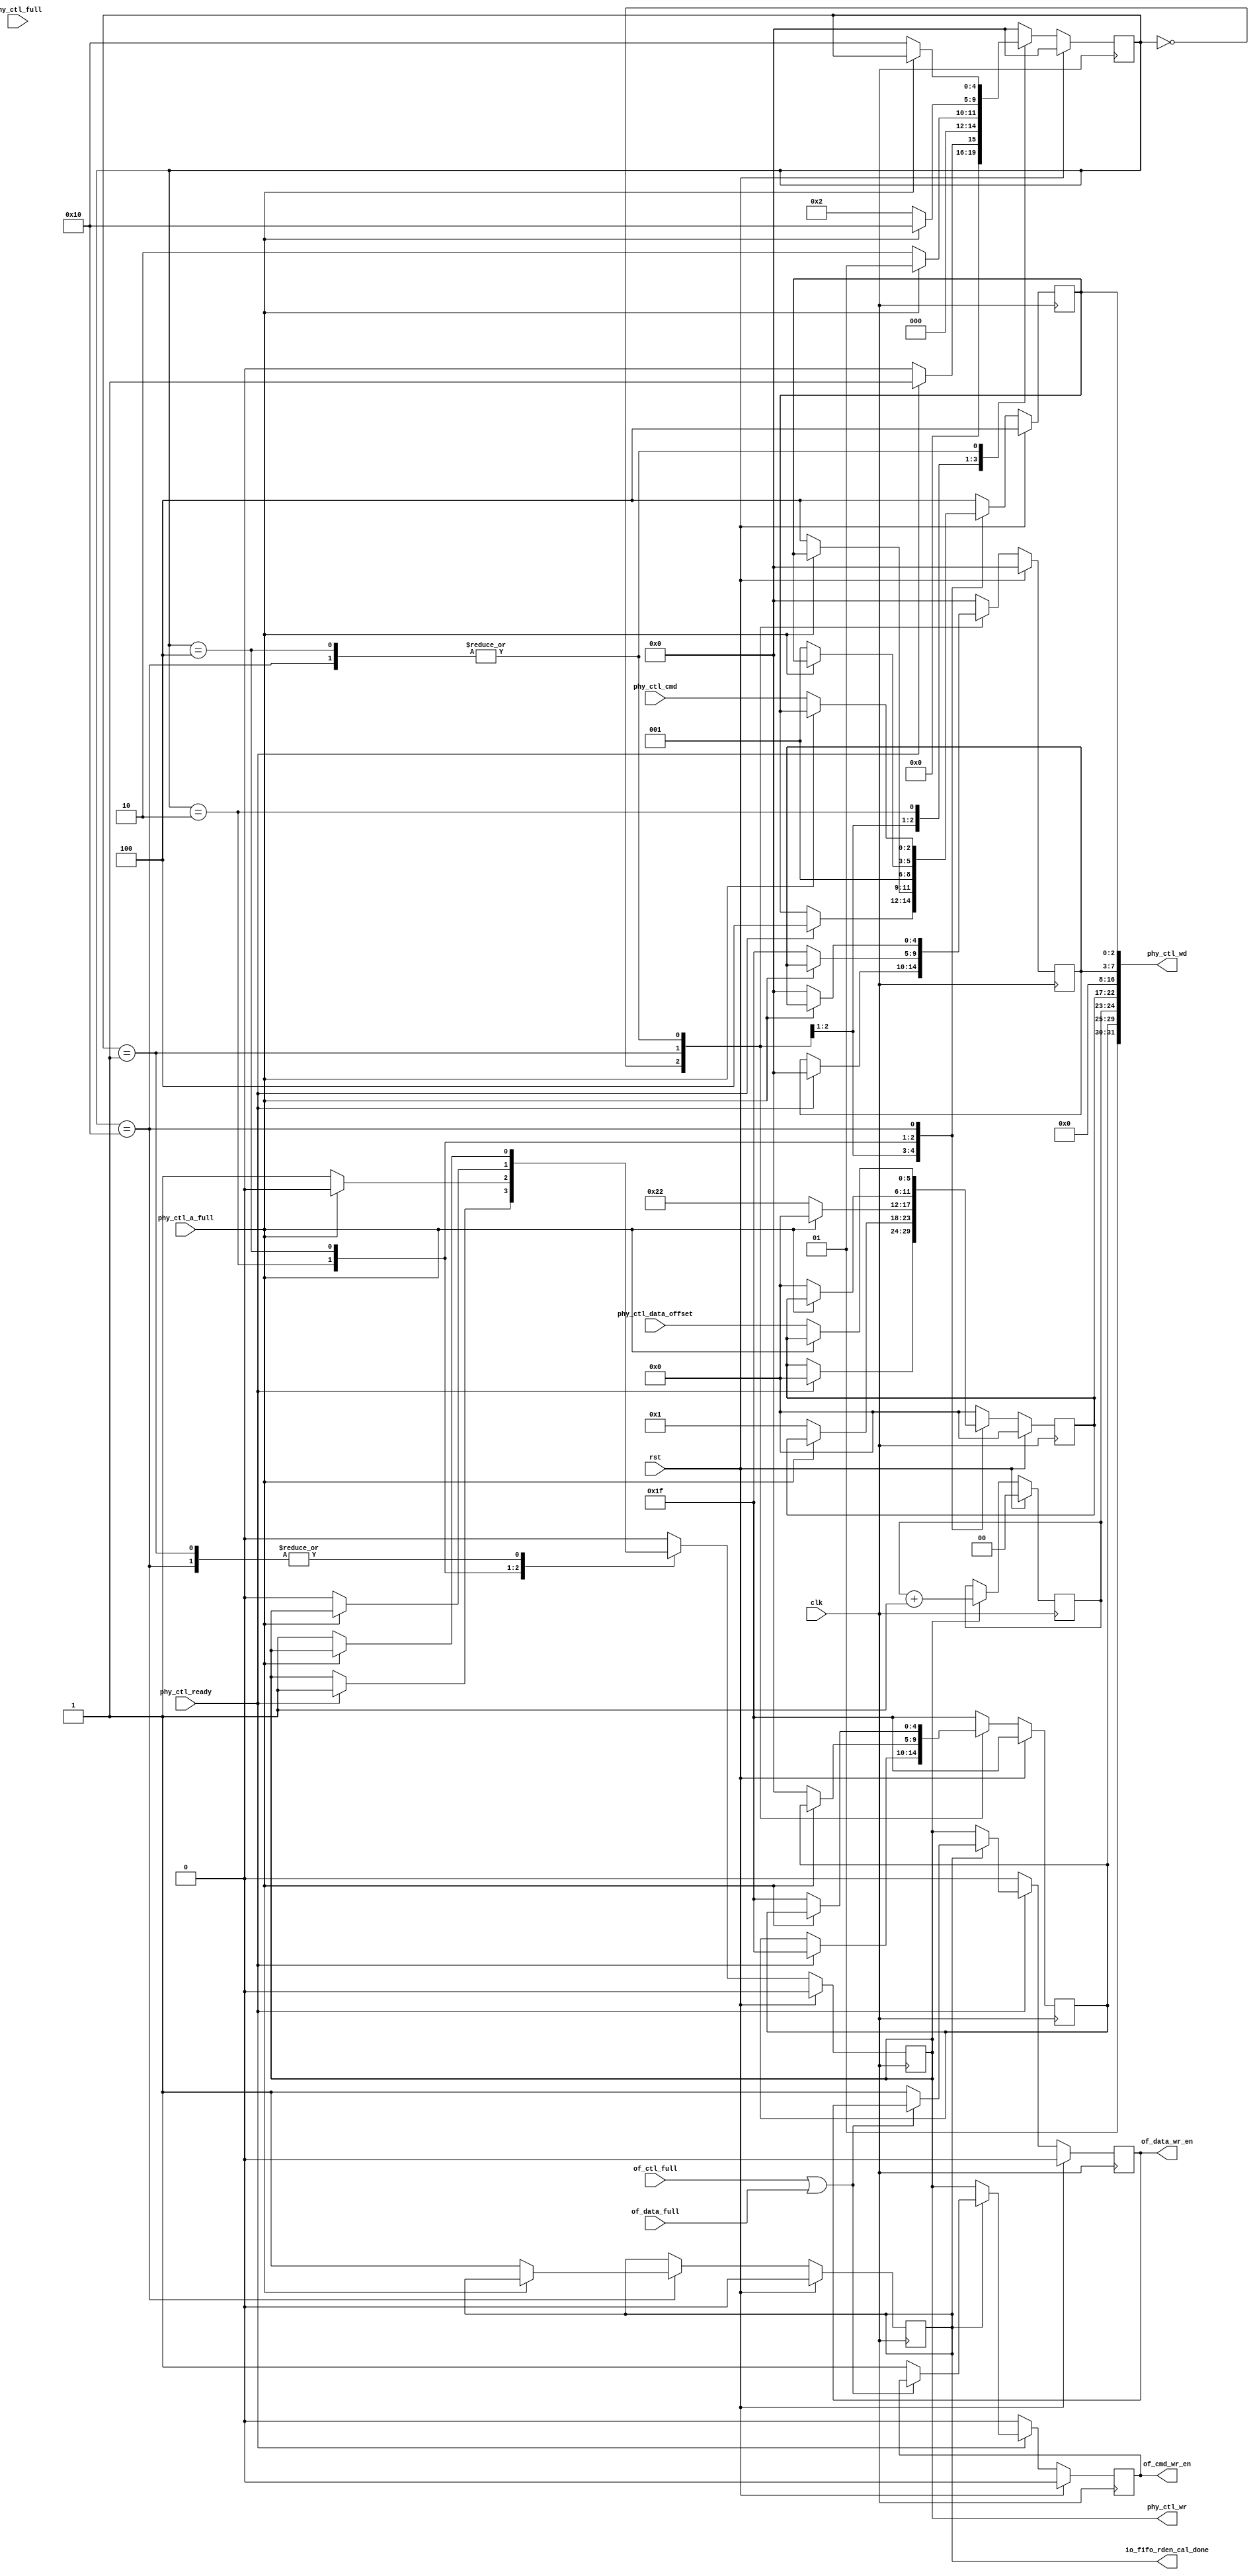
//*****************************************************************************
// (c) Copyright 2009 - 2013 Xilinx, Inc. All rights reserved.
//
// This file contains confidential and proprietary information
// of Xilinx, Inc. and is protected under U.S. and
// international copyright and other intellectual property
// laws.
//
// DISCLAIMER
// This disclaimer is not a license and does not grant any
// rights to the materials distributed herewith. Except as
// otherwise provided in a valid license issued to you by
// Xilinx, and to the maximum extent permitted by applicable
// law: (1) THESE MATERIALS ARE MADE AVAILABLE "AS IS" AND
// WITH ALL FAULTS, AND XILINX HEREBY DISCLAIMS ALL WARRANTIES
// AND CONDITIONS, EXPRESS, IMPLIED, OR STATUTORY, INCLUDING
// BUT NOT LIMITED TO WARRANTIES OF MERCHANTABILITY, NON-
// INFRINGEMENT, OR FITNESS FOR ANY PARTICULAR PURPOSE; and
// (2) Xilinx shall not be liable (whether in contract or tort,
// including negligence, or under any other theory of
// liability) for any loss or damage of any kind or nature
// related to, arising under or in connection with these
// materials, including for any direct, or any indirect,
// special, incidental, or consequential loss or damage
// (including loss of data, profits, goodwill, or any type of
// loss or damage suffered as a result of any action brought
// by a third party) even if such damage or loss was
// reasonably foreseeable or Xilinx had been advised of the
// possibility of the same.
//
// CRITICAL APPLICATIONS
// Xilinx products are not designed or intended to be fail-
// safe, or for use in any application requiring fail-safe
// performance, such as life-support or safety devices or
// systems, Class III medical devices, nuclear facilities,
// applications related to the deployment of airbags, or any
// other applications that could lead to death, personal
// injury, or severe property or environmental damage
// (individually and collectively, "Critical
// Applications"). Customer assumes the sole risk and
// liability of any use of Xilinx products in Critical
// Applications, subject only to applicable laws and
// regulations governing limitations on product liability.
//
// THIS COPYRIGHT NOTICE AND DISCLAIMER MUST BE RETAINED AS
// PART OF THIS FILE AT ALL TIMES.
//
//*****************************************************************************
//   ____  ____
//  /   /\/   /
// /___/  \  /    Vendor                : Xilinx
// \   \   \/     Version               : %version
//  \   \         Application           : MIG
//  /   /         Filename              : qdr_rld_phy_cntrl_init.v
// /___/   /\     Date Last Modified    : $Date: 2011/06/02 08:36:29 $
// \   \  /  \    Date Created          : Tue Jun 30 2009
//  \___\/\___\
//
//Device            : 7 Series
//Design            : QDRII+ SRAM / RLDRAM II SDRAM
//Purpose           : write to phy_control block and handle write_enable
//Reference         :
//Revision History  :
//*****************************************************************************

`timescale 1ps/1ps

module mig_7series_v2_0_qdr_rld_phy_cntrl_init #
( 
  parameter PRE_FIFO = "TRUE",
  parameter MEM_TYPE = "QDR2",
  parameter TCQ = 100  //Register Delay
)
(
  input              clk,
  input              rst,
  input              phy_ctl_ready,
  input              phy_ctl_full,
  input              phy_ctl_a_full,
  input              of_ctl_full,
  input              of_data_full,
  input [5:0]        phy_ctl_data_offset,
  input [2:0]        phy_ctl_cmd,
  
  output wire [31:0] phy_ctl_wd,
  output reg         phy_ctl_wr,
  output wire        io_fifo_rden_cal_done,
(* KEEP = "TRUE" *)  output reg         of_cmd_wr_en /* synthesis syn_keep = 1 */,
(* KEEP = "TRUE" *)  output reg         of_data_wr_en /* synthesis syn_keep = 1 */ 
);

  localparam [4:0] IDLE       = 5'b00000;
  localparam [4:0] STALL_CMD  = 5'b00001;
  localparam [4:0] CONT_CMD   = 5'b00010;
  localparam [4:0] CMD_WAIT1  = 5'b00100;
  localparam [4:0] CMD_WAIT2  = 5'b01000;
  localparam [4:0] CONT_CMD2  = 5'b10000;
  
  
  reg [4:0] pc_cntr_cmd;    
  reg [4:0] pc_command_offset;
  reg [5:0] pc_data_offset;
  reg [1:0] pc_seq; 
  reg [2:0] pc_cmd;
  reg [4:0] pc_ctl_ns;
  reg io_fifo_rden_cal_done_r;
  
  wire early_io_fifo_rden_cal_done;
  
  assign io_fifo_rden_cal_done = (PRE_FIFO == "TRUE")? io_fifo_rden_cal_done_r : 1'b1;

  assign phy_ctl_wd = {1'b0, 1'b1, pc_cntr_cmd[4:0], pc_seq[1:0], 
                       pc_data_offset[5:0], 2'b00, 3'b000, 
                       4'b0000, pc_command_offset[4:0], pc_cmd[2:0]}; 
  
  always @ (posedge clk) begin
    if (rst)
      pc_seq <= #TCQ 'b0;
    else if (phy_ctl_wr)
      pc_seq <= #TCQ pc_seq + 1;
  end
  
  always @ (posedge clk) begin
    if (rst) begin
      phy_ctl_wr            <=  #TCQ 1'b0;
      pc_cntr_cmd           <=  #TCQ 5'b11111;    
      pc_data_offset        <=  #TCQ 6'b000000;
      pc_command_offset     <=  #TCQ 5'b00000;
      pc_cmd                <=  #TCQ 3'b100;
      pc_ctl_ns             <=  #TCQ IDLE;   
      io_fifo_rden_cal_done_r <=  #TCQ 1'b0;
       
    end else begin 
      case (pc_ctl_ns) 
        IDLE : begin
          if (phy_ctl_ready) begin
            phy_ctl_wr        <= #TCQ 1'b1;
            pc_cntr_cmd       <= #TCQ 5'b11111;
            pc_data_offset    <= #TCQ 6'b000000;
            pc_command_offset <= #TCQ 5'b00000;
            pc_cmd            <= #TCQ 3'b100;
            pc_ctl_ns         <= #TCQ STALL_CMD;
          end else begin 
             pc_ctl_ns <= #TCQ IDLE;
          end
        end
        
        STALL_CMD : begin
           // issue stall command. The command offset delays the 
           // read from the phy control fifo
           if (~phy_ctl_a_full) begin
             phy_ctl_wr        <= #TCQ 1'b1;
             pc_cntr_cmd       <= #TCQ 5'b00000; // pc_cntr_cmd of 5'b000xx - refers to a stall command
             pc_data_offset    <= #TCQ 6'b000001;
             pc_command_offset <= #TCQ 5'b11111;  // max delay possible
             pc_cmd            <= #TCQ 3'b100; // Non data command
             pc_ctl_ns         <= #TCQ CONT_CMD; 
           end else begin
             pc_ctl_ns         <= #TCQ STALL_CMD;
		   end
           
         end
                
         CONT_CMD : begin  //0x02
           // continue to write into the phy control fifo until the fifo is full
           if (~phy_ctl_a_full) begin
             phy_ctl_wr            <= #TCQ 1'b1;
             pc_cntr_cmd           <= #TCQ 5'b11111;
             pc_data_offset        <= #TCQ 6'b100010;  // was 0
             pc_command_offset     <= #TCQ 5'b00000;
             pc_cmd                <= #TCQ 3'b001; 
             pc_ctl_ns             <= #TCQ CONT_CMD;    
           end else begin
             // phy_ctl_wr cannot be asserted when full flag is high
             phy_ctl_wr            <= #TCQ 1'b0;
             pc_cntr_cmd           <= #TCQ 5'b11111;    
             pc_data_offset        <= #TCQ 6'b000000;
             pc_command_offset     <= #TCQ 5'b00000;
             pc_cmd                <= #TCQ 3'b001;
             pc_ctl_ns             <= #TCQ CONT_CMD2;
           end 
             //io_fifo_rden_cal_done <= #TCQ 1'b1;                   
         end
         
         // wait for the full flag to deassert. Then start writing into the phy command fifo.
         CMD_WAIT1 : begin
             if (~ phy_ctl_a_full) begin
               phy_ctl_wr            <= #TCQ 1'b0;
               pc_cntr_cmd           <= #TCQ 5'b11111;
			   pc_data_offset        <= #TCQ 6'b000000;
               pc_command_offset     <= #TCQ 5'b00000;
               pc_cmd                <= #TCQ 3'b001;
               pc_ctl_ns             <= #TCQ CONT_CMD2;
             end
          end
          
          
       //   // potential additional stage, probably not required.. will need to remove
       //   CMD_WAIT2 : begin
       //      
       //      phy_ctl_wr            <= #TCQ 1'b0;
       //      pc_cntr_cmd           <= #TCQ 5'b11111;    
       //      pc_data_offset        <= #TCQ 6'b000000;
       //      pc_command_offset     <= #TCQ 5'b00000;
       //      pc_cmd                <= #TCQ 3'b001;
       //      pc_ctl_ns             <= #TCQ CONT_CMD2;
       //      
       //   end
                 
         CONT_CMD2 : begin
           // continue to write NOP commands to the control fifo as long as 
           // the fifo is not full. 
           // The fifo will not be full as by now the read enable will be 
           // asserted and will be held high.
           // Now the WRITE data and COMMAND fifos can be filled with 
           // data by the controller.
           if (~phy_ctl_a_full) begin
             phy_ctl_wr            <= #TCQ 1'b1;
             pc_cntr_cmd           <= #TCQ (MEM_TYPE == "RLD3") ? 5'b0 : 5'b11111;
             pc_data_offset        <= #TCQ phy_ctl_data_offset; //6'b000000
             pc_command_offset     <= #TCQ 5'b00000;
             pc_cmd                <= #TCQ phy_ctl_cmd; //3'b001
             pc_ctl_ns             <= #TCQ CONT_CMD2; 
             io_fifo_rden_cal_done_r <= #TCQ 1'b1;          
           end  
         end // case: CONT_CMD2

	default : begin
	   phy_ctl_wr            <=  #TCQ 1'b0;
           pc_cntr_cmd           <=  #TCQ 5'b11111;    
           pc_data_offset        <=  #TCQ 6'b000000;
           pc_command_offset     <=  #TCQ 5'b00000;
           pc_cmd                <=  #TCQ 3'b100;
           pc_ctl_ns             <=  #TCQ IDLE;
	end
      endcase
    end
  end
  
  assign early_io_fifo_rden_cal_done = (pc_ctl_ns == CONT_CMD2 && !phy_ctl_a_full) ? 1'b1 : 1'b0;
  
 //Generate write enable for the out FIFOs
 //always write while the FIFOs are not FULL
 always @ (posedge clk) begin
     if (rst)  begin
       of_cmd_wr_en  <= #TCQ 1'b0;
       of_data_wr_en <= #TCQ 1'b0;
      
     end else if ((PRE_FIFO == "TRUE") && (~phy_ctl_ready)) begin
        of_cmd_wr_en  <= #TCQ 1'b0;
        of_data_wr_en <= #TCQ 1'b0;
  
	 end else if (MEM_TYPE == "RLD3") begin
	   if ((PRE_FIFO == "TRUE") && (!early_io_fifo_rden_cal_done)) begin
        of_cmd_wr_en  <= #TCQ phy_ctl_wr;
        of_data_wr_en <= #TCQ phy_ctl_wr;
       end else begin
	     of_cmd_wr_en  <= #TCQ ~of_ctl_full;
         of_data_wr_en <= #TCQ ~of_data_full;
	   end
	end else if ((PRE_FIFO == "TRUE") && (~io_fifo_rden_cal_done_r)) begin
	  of_cmd_wr_en  <= #TCQ phy_ctl_wr;
      of_data_wr_en <= #TCQ phy_ctl_wr;
    //end else begin //can possibly change this to be always high if Pre-fifo is used.
    end else if ( ~ (of_ctl_full | of_data_full)) begin //can possibly change this to be always high if Pre-fifo is used.
    
      of_cmd_wr_en  <= #TCQ 1'b1;//~(of_ctl_full | of_data_full);
      of_data_wr_en <= #TCQ 1'b1; //~(of_ctl_full | of_data_full);
    end
  end


 
endmodule